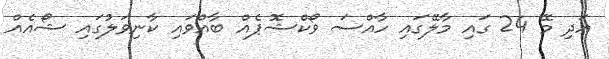
އަދި މޭ 24 ގައި މާލޭގައި ހާއްސަ ވޯކްޝޮޕެއް ބާއްވައި ކާނިވަލުގައި ޝޯއެއް